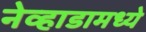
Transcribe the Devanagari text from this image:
नेव्हाडामध्ये